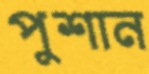
পুশান